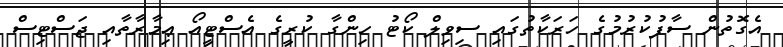
އެގޮތުން ސާފުކުރުމުގެ ހަރަކާތުގައި ސިވިލް ކޯޓު ހިންގާ ކުރީގެ އެސްޓީއޯ ޢިމާރާތާއި ޖަސްޓިސް